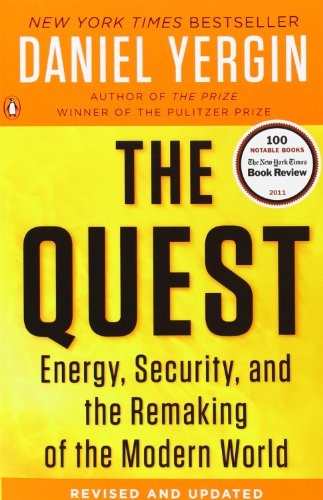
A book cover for The Quest: Energy, Security, and the Remaking of the Modern World; Daniel Yergin; Engineering & Transportation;